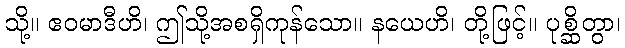
သို့။ ဧဝမာဒီဟိ၊ ဤသို့အစရှိကုန်သော။ နယေဟိ၊ တို့ဖြင့်။ ပုစ္ဆိတွာ၊